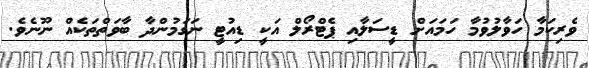
ވެރިކަމާ ހަވާލުވުމާ ހަމައަށް ޑީސަލާއި ޕެޓްރޯލް އަކީ ޑިއުޓީ ނަގަމުންދާ ބާވަތްތަކެއް ނޫނެވެ.